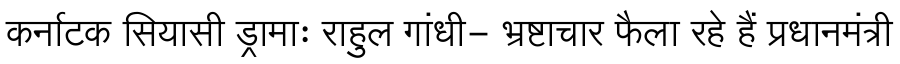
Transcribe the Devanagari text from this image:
कर्नाटक सियासी ड्रामाः राहुल गांधी- भ्रष्टाचार फैला रहे हैं प्रधानमंत्री